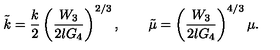
\tilde { k } = \frac { k } { 2 } \left( \frac { W _ { 3 } } { 2 l G _ { 4 } } \right) ^ { 2 / 3 } , \qquad \tilde { \mu } = \left( \frac { W _ { 3 } } { 2 l G _ { 4 } } \right) ^ { 4 / 3 } \mu .